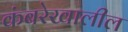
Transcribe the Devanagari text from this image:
कंबरेखालील